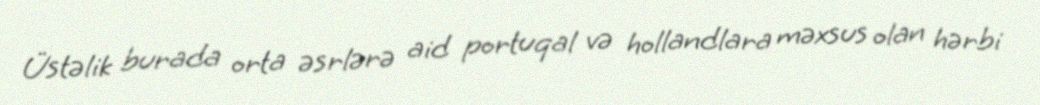
Üstəlik burada orta əsrlərə aid portuqal və hollandlara məxsus olan hərbi